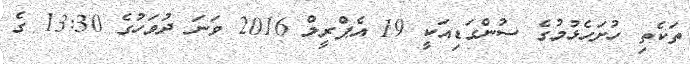
ތަކެތި ހުށަހެޅުމުގެ ސުންގަޑިއަކީ 19 އެޕްރީލް 2016 ވަނަ ދުވަހުގެ 13:30 ގެ